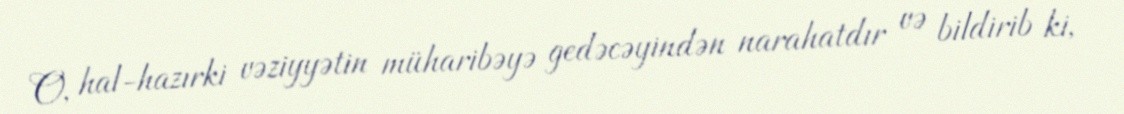
O, hal-hazırki vəziyyətin müharibəyə gedəcəyindən narahatdır və bildirib ki,